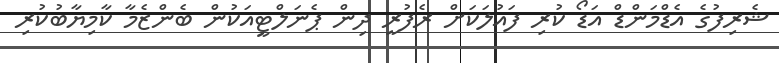
ޝެރިފުގެ އެޑްމަންޑް އަޑޯ ކުރި ފައުލަކަށް ރެފުރީ ދިން ޕެނަލްޓީއަކުން ބެންޒެމާ ކާމިޔާބުކުރި